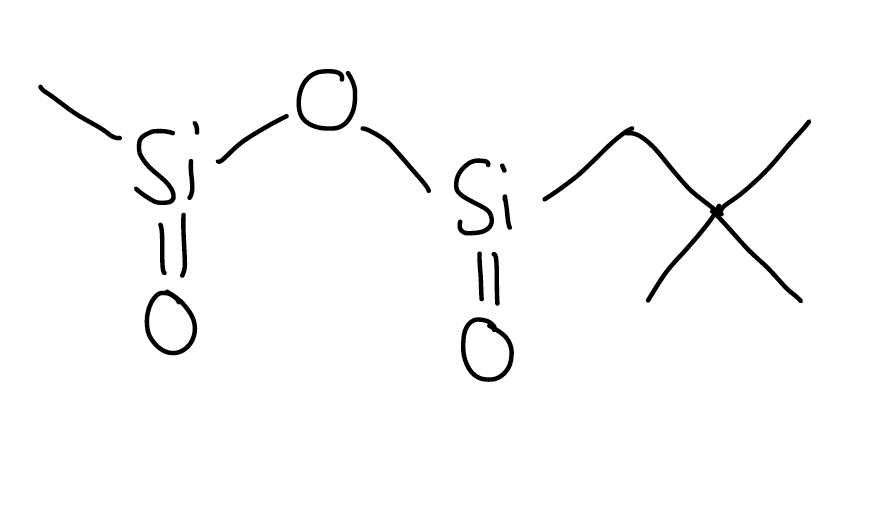
Simplified molecular-input line-entry system (SMILES) notation of the given molecule:
CC(C)(C)C[Si](=O)O[Si](=O)C